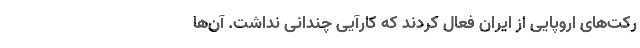
رکت‌های اروپایی از ایران فعال کردند که کارآیی چندانی نداشت. آن‌ها